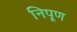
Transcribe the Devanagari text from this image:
निपूण